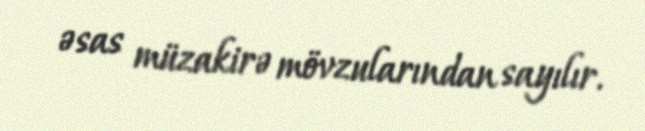
əsas müzakirə mövzularından sayılır.